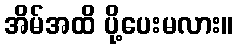
အိမ်အထိ ပို့ပေးမလား။